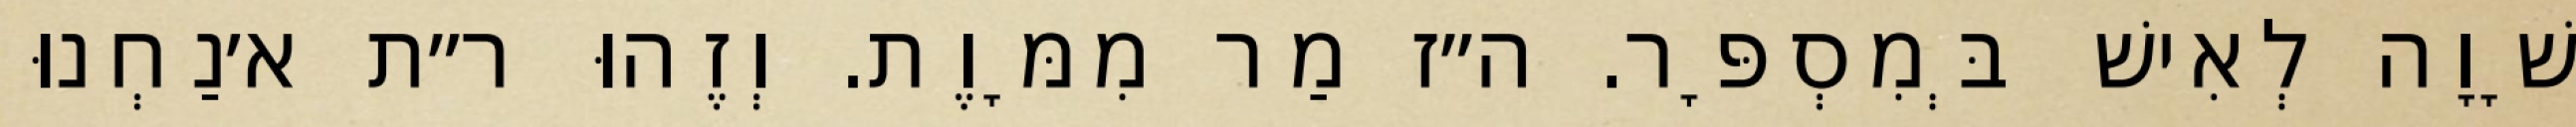
שָׁוָה לְאִישׁ בְּמִסְפָּר. ה״ז מַר מִמָּוֶת. וְזֶהוּ ר״ת א׳נַחְנוּ